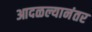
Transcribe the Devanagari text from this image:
आदळल्यानंतर